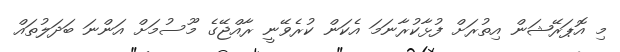
މި އޮޕަރޭޝަން އިތުރަށް ފުޅާކުރާނަމަ އެކަން ކުރެވޭނީ ރާއްޖޭގެ މޫސުމަށް އަންނަ ބަދަލުތައް